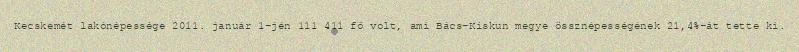
Kecskemét lakónépessége 2011. január 1-jén 111 411 fő volt, ami Bács-Kiskun megye össznépességének 21,4%-át tette ki.